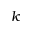
k